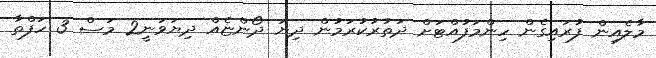
މާލެއިން ފުރައިގެން ހިންމަފުއްޓަށް ދަތުރުކުރަމުން ދިޔަ ދޯންޏެއް ދިޔަވަނީ2 މަސް 3 ހަފްތާ